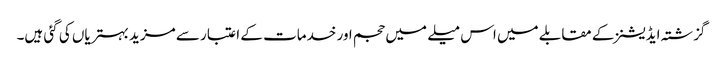
گزشتہ ایڈیشنز کے مقابلے میں اس میلے میں حجم اور خدمات کے اعتبار سے مزید بہتریاں کی گئی ہیں۔